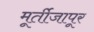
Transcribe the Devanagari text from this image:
मूर्तीजापूर